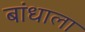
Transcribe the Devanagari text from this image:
बांधाला